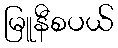
မြူနီစပယ်